Lunatic asylums Madras 1877-1891 - 1877-1891
Year: 1877
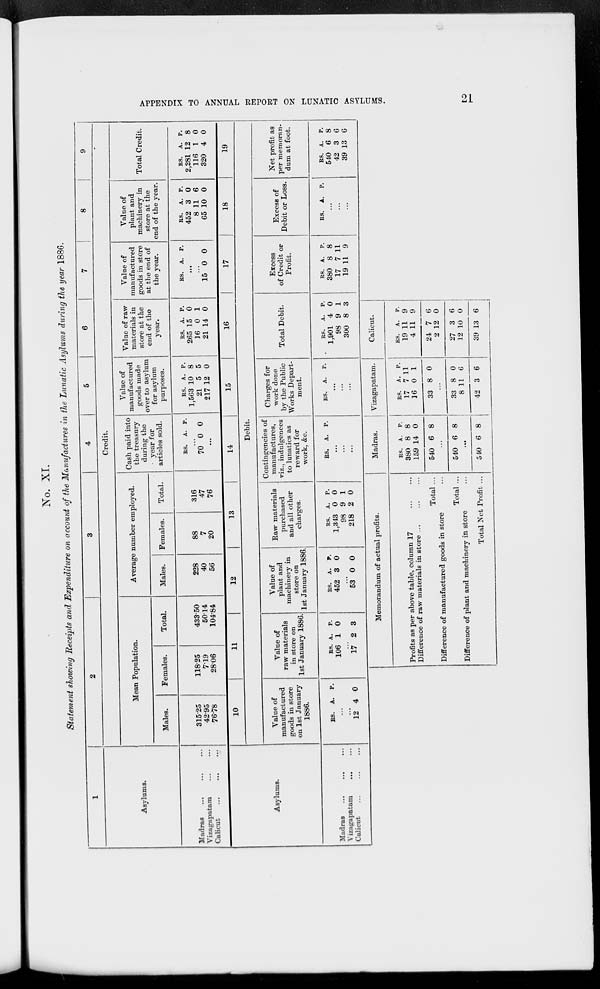
APPENDIX TO ANNUAL REPORT ON LUNATIC ASYLUMS.
21
No. XI.
Statement showing Receipts and Expenditure on account of the Manufactures in the Lunatic Asylums during the year 1886.
1
Asylums.
Madras
... ... ...
Vizagapatam
...
...
Calicut
...
...
...
2
3
4
5
6
7
8
9
Credit.
Mean Population.
Males.
315.25
42.95
76.78
Females.
118.25
7.19
28.06
Total
433.50
50.14
104.84
Average number employed.
Males.
228
40
56
Females.
88
7
20
Total.
316
47
76
Cash paid into
the treasury
during the
year for
articles sold.
RS.
A. P.
...
70 0 0
...
Value of
manufactured
goods made
over to asylum
for asylum
purposes.
RS.
1,563
21
217
A.
10
5
12
P.
8
5
0
Value of raw
materials in
store at the
end of the
year.
RS.
265
16
21
A.
15
0
14
P.
0
1
0
Value of
manufactured
goods in store
at the end of
the year.
RS.
A.
P.
...
...
15 0 0
Value of
plant and
machinery in
store at the
end of the year.
RS.
452
8
65
A.
3
11
10
P.
0
6
0
Total Credit.
RS.
2,281
116
320
A.
12
1
4
P.
8
0
0
Asylums.
Madras
...
...
...
Vizagapatam
...
...
Calicut
...
...
...
10
11
12
13
14
15
16
17
18
19
Debit.
Value of
manufactured
goods in store
on 1st January
1886.
RS.
A. P.
...
...
12 4 0
Value of
raw materials
in store on
1st January 1886.
RS.
106
A.
1
P.
0
...
17 2 3
Value of
plant and
machinery in
store on
1st January 1886.
RS.
452
A.
3
P.
0
...
53 0 0
Raw materials
purchased
and all other
charges.
RS.
1,343
98
218
A.
0
9
2
P.
0
1
0
Contingencies of
manufactures,
viz., indulgences
to lunatics as
reward for
work, &c.
RS.
A. P.
...
...
...
Charges for
work done
by the Public
Works Depart-
ment.
RS.
A.
P.
...
...
...
Total Debit.
RS.
1,901
98
300
A.
4
9
8
P.
0
1
3
Excess
of Credit or
Profit.
RS.
380
17
19
A.
8
7
11
P.
8
11
9
Excess of
Debit or Loss.
RS.
A.
P.
...
...
...
Net profit as
per memoran-
dum at foot.
RS.
540
42
39
A.
6
3
13
P.
8
6
6
Memorandum of actual profits.
Profits as per above table, column 17
...
...
Difference of raw materials in store ...
Total ...
Difference of manufactured goods in store
Total ...
Difference of plant and machinery in store
Total Net Profit ...
Madras.
RS.
380
159
540
A.
8
14
6
P.
8
0
8
...
540 6 8
...
540 6 8
Vizagapatam.
RS.
17
16
33
A.
7
0
8
P.
11
1
0
...
33
8
42
8
11
3
0
6
6
Calicut.
RS.
19
4
24
2
27
12
39
A.
11
11
7
12
3
10
13
P.
9
9
6
0
6
0
6